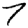
Digit: 7